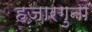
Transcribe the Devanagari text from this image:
हजारगुना